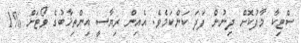
ސްޓިކާ މާފުކޮށް ދިނުން ފަދަ ކަންކަމެވެ. އެއިން ރިޔާސީ އިންތިޚާބުގެ ވޯޓަށް %1